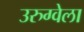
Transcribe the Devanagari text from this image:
उरुग्वेला